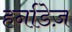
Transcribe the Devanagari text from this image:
हर्नाडेज़